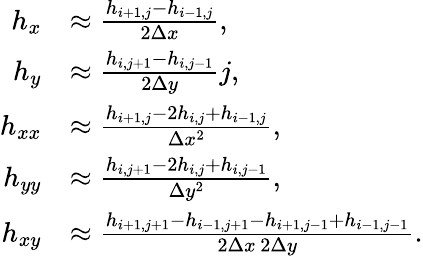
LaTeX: \begin{array}{rl}{h_{x}}&{\approx\frac{h_{i+1,j}-h_{i-1,j}}{2\Delta x},}\\ {h_{y}}&{\approx\frac{h_{i,j+1}-h_{i,j-1}}{2\Delta y}j,}\\ {h_{xx}}&{\approx\frac{h_{i+1,j}-2h_{i,j}+h_{i-1,j}}{\Delta x^{2}},}\\ {h_{yy}}&{\approx\frac{h_{i,j+1}-2h_{i,j}+h_{i,j-1}}{\Delta y^{2}},}\\ {h_{xy}}&{\approx\frac{h_{i+1,j+1}-h_{i-1,j+1}-h_{i+1,j-1}+h_{i-1,j-1}}{2\Delta x\, 2\Delta y}.}\end{array}